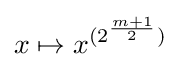
x\mapsto x^{(2^{\frac {m+1}{2}})}\;